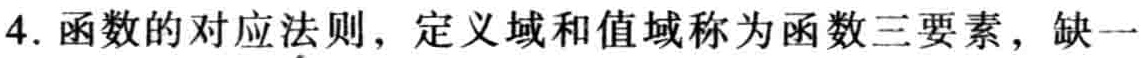
4. 函数的对应法则，定义域和值域称为函数三要素，缺一